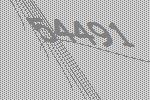
54491